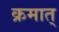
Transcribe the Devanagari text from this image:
क्रमात्